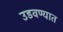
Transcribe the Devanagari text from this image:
उडवण्यात